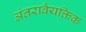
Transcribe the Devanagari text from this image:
अंतरावैयक्तिक